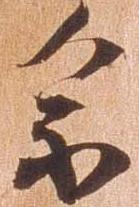
参